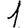
Digit: 1